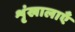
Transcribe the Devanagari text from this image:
शृंखालाएँ